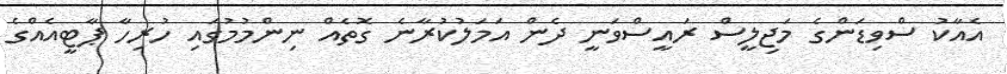
އެއާކު ސްވިޑަންގެ މަޖިލީސް ރައީސްވަނީ ދެން އަމަލުކުރާނެ ގޮތެއް ނިންމުމުގައި ހުރިހާ ޕާޓީއެއްގެ